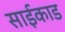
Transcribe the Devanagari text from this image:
साईकाड